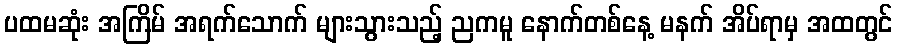
ပထမဆုံး အကြိမ် အရက်သောက် များသွားသည့် ညကမူ နောက်တစ်နေ့ မနက် အိပ်ရာမှ အထတွင်